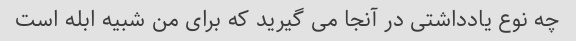
چه نوع یادداشتی در آنجا می گیرید که برای من شبیه ابله است